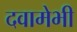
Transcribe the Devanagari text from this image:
दवामेभी